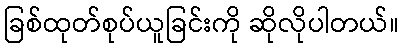
ခြစ်ထုတ်စုပ်ယူခြင်းကို ဆိုလိုပါတယ်။